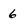
Character: 6